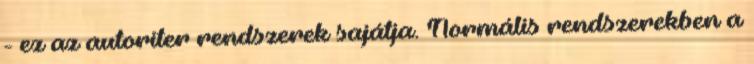
- ez az autoriter rendszerek sajátja. Normális rendszerekben a